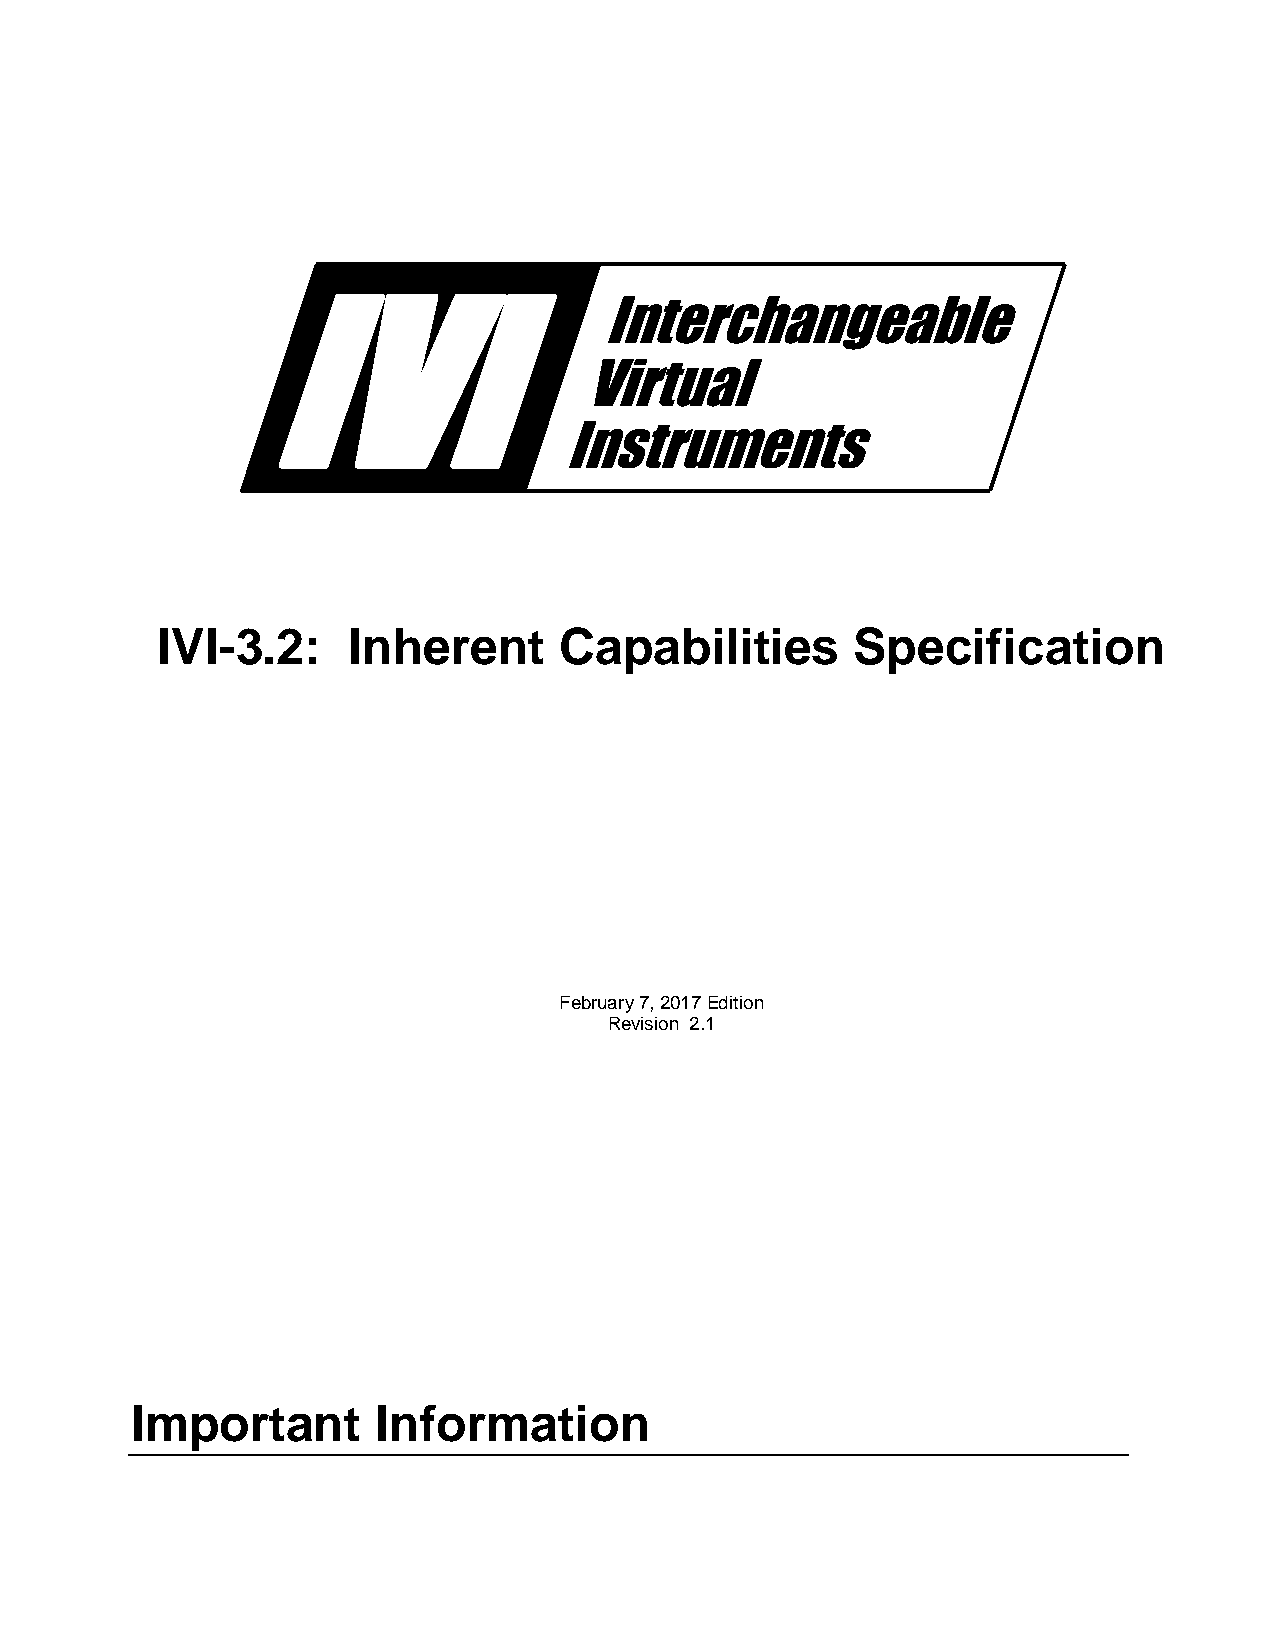
IVI
 Interchangeable
 Virtual
 Instruments
 IVI-3.2:     Inherent      Capabilities        Specification
 February 7, 2017 Edition
 Revision 2.1
 Important       Information